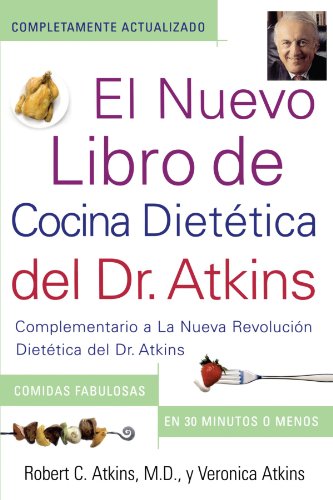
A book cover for El Nuevo Libro de Cocina Dietetica del Dr. Atkins (Dr. Atkins' Quick & Easy New: Complementario a La Nueva Revolucion Dietetica del Dr. Atkins ... New Diet Revolution) (Spanish Edition); Robert C. Atkins M.D.; Health, Fitness & Dieting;